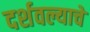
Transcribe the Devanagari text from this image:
दर्शवल्याचे